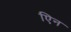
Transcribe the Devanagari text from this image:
एिन